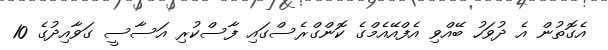
އެގޮތުން އެ ދުވަހު ބޭއްވި އެފްއޭއެމްގެ ކޮންގްރެސްގައި ފާސްކުރި އަސާސީ ގަވާއިދުގެ 10